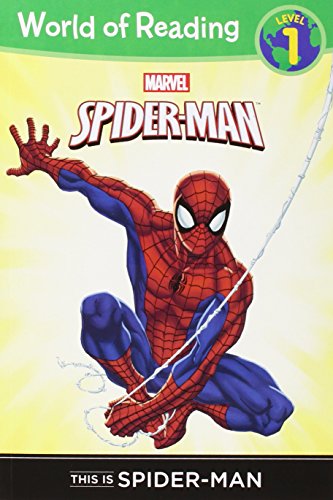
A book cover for This is Spider-Man Level 1 Reader (World of Reading); Thomas Macri; Children's Books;